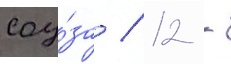
соу́за / 12 -